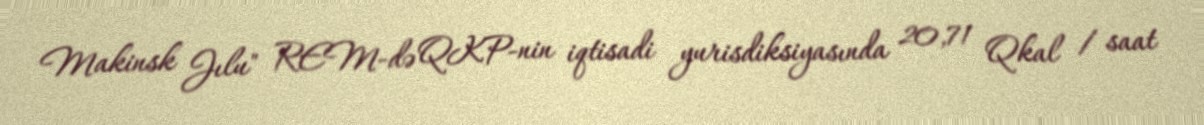
Makinsk Jılu" REM-də QKP-nin iqtisadi yurisdiksiyasında 20,71 Qkal / saat